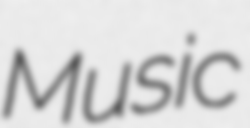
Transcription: Music